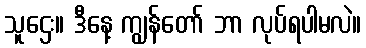
သူဌေး။ ဒီနေ့ ကျွန်တော် ဘာ လုပ်ရပါမလဲ။